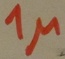
Text: 1µ